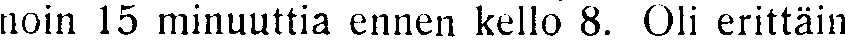
noin 15 minuuttia ennen kello 8. Oli erittäin